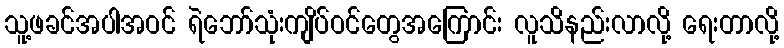
သူ့ဖခင်အပါအဝင် ရဲဘော်သုံးကျိပ်ဝင်တွေအကြောင်း လူသိနည်းလာလို့ ရေးတာလို့